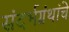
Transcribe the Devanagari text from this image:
संदर्भग्रंथांचे